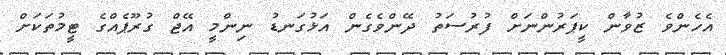
އެހެންވެ ޒުވާން ކީޕަރުންނަށް ފުރުސަތު ދޭންވެގެން އަޅުގަނޑު ނިންމީ އޭޖް ގުރޫޕެއްގެ ޓީމުތަކަށް